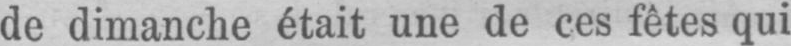
de dimanche était une de ces fêtes qui